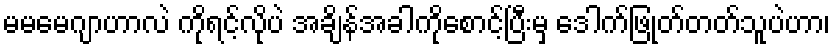
မမမေဂျာဟာလဲ ကိုရင့်လိုပဲ အချိန်အခါကိုစောင့်ပြီးမှ ဒေါက်ဖြုတ်တတ်သူပဲဟာ၊